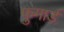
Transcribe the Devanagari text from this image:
फुगार्ड